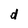
Character: d